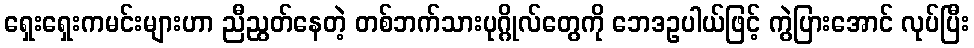
ရှေးရှေးကမင်းများဟာ ညီညွတ်နေတဲ့ တစ်ဘက်သားပုဂ္ဂိုလ်တွေကို ဘေဒဥပါယ်ဖြင့် ကွဲပြားအောင် လုပ်ပြီး